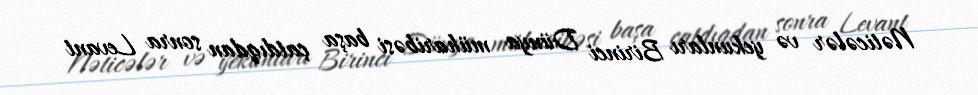
Nəticələr və yekunları Birinci Dünya müharibəsi başa çatdıqdan sonra Levant